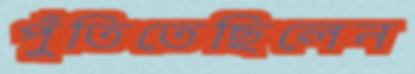
পুঁতিতেছিলেন